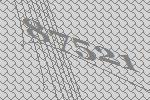
87521